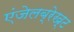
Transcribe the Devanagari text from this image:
एंजेलब्रेख्ट